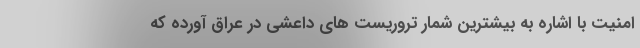
امنیت با اشاره به بیشترین شمار تروریست های داعشی در عراق آورده که